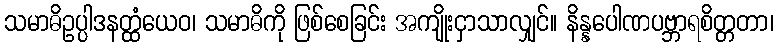
သမာဓိဥပ္ပါဒနတ္ထံယေဝ၊ သမာဓိကို ဖြစ်စေခြင်း အကျိုးငှာသာလျှင်။ နိန္နပေါဏပဗ္ဘာရစိတ္တတာ၊